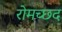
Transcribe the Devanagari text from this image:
रोमच्छद